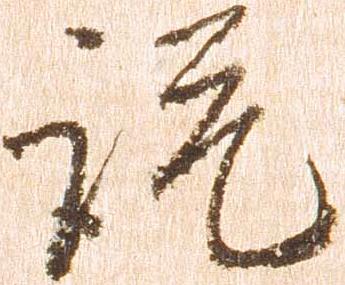
説